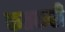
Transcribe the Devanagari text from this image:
कतकरी